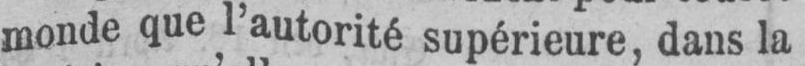
monde que l’autorité supérieure, dans la